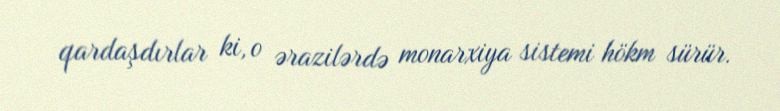
qardaşdırlar ki, o ərazilərdə monarxiya sistemi hökm sürür.